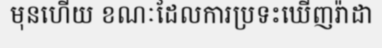
មុនហើយ ខណៈដែលការប្រទះឃើញរ៉ាដា